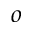
^ { \sc o }